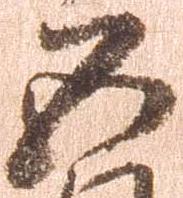
五